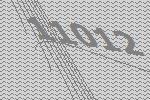
11012